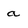
Character: a